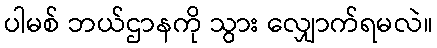
ပါမစ် ဘယ်ဌာနကို သွား လျှောက်ရမလဲ။